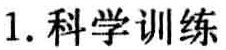
1. 科学训练